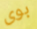
بوى